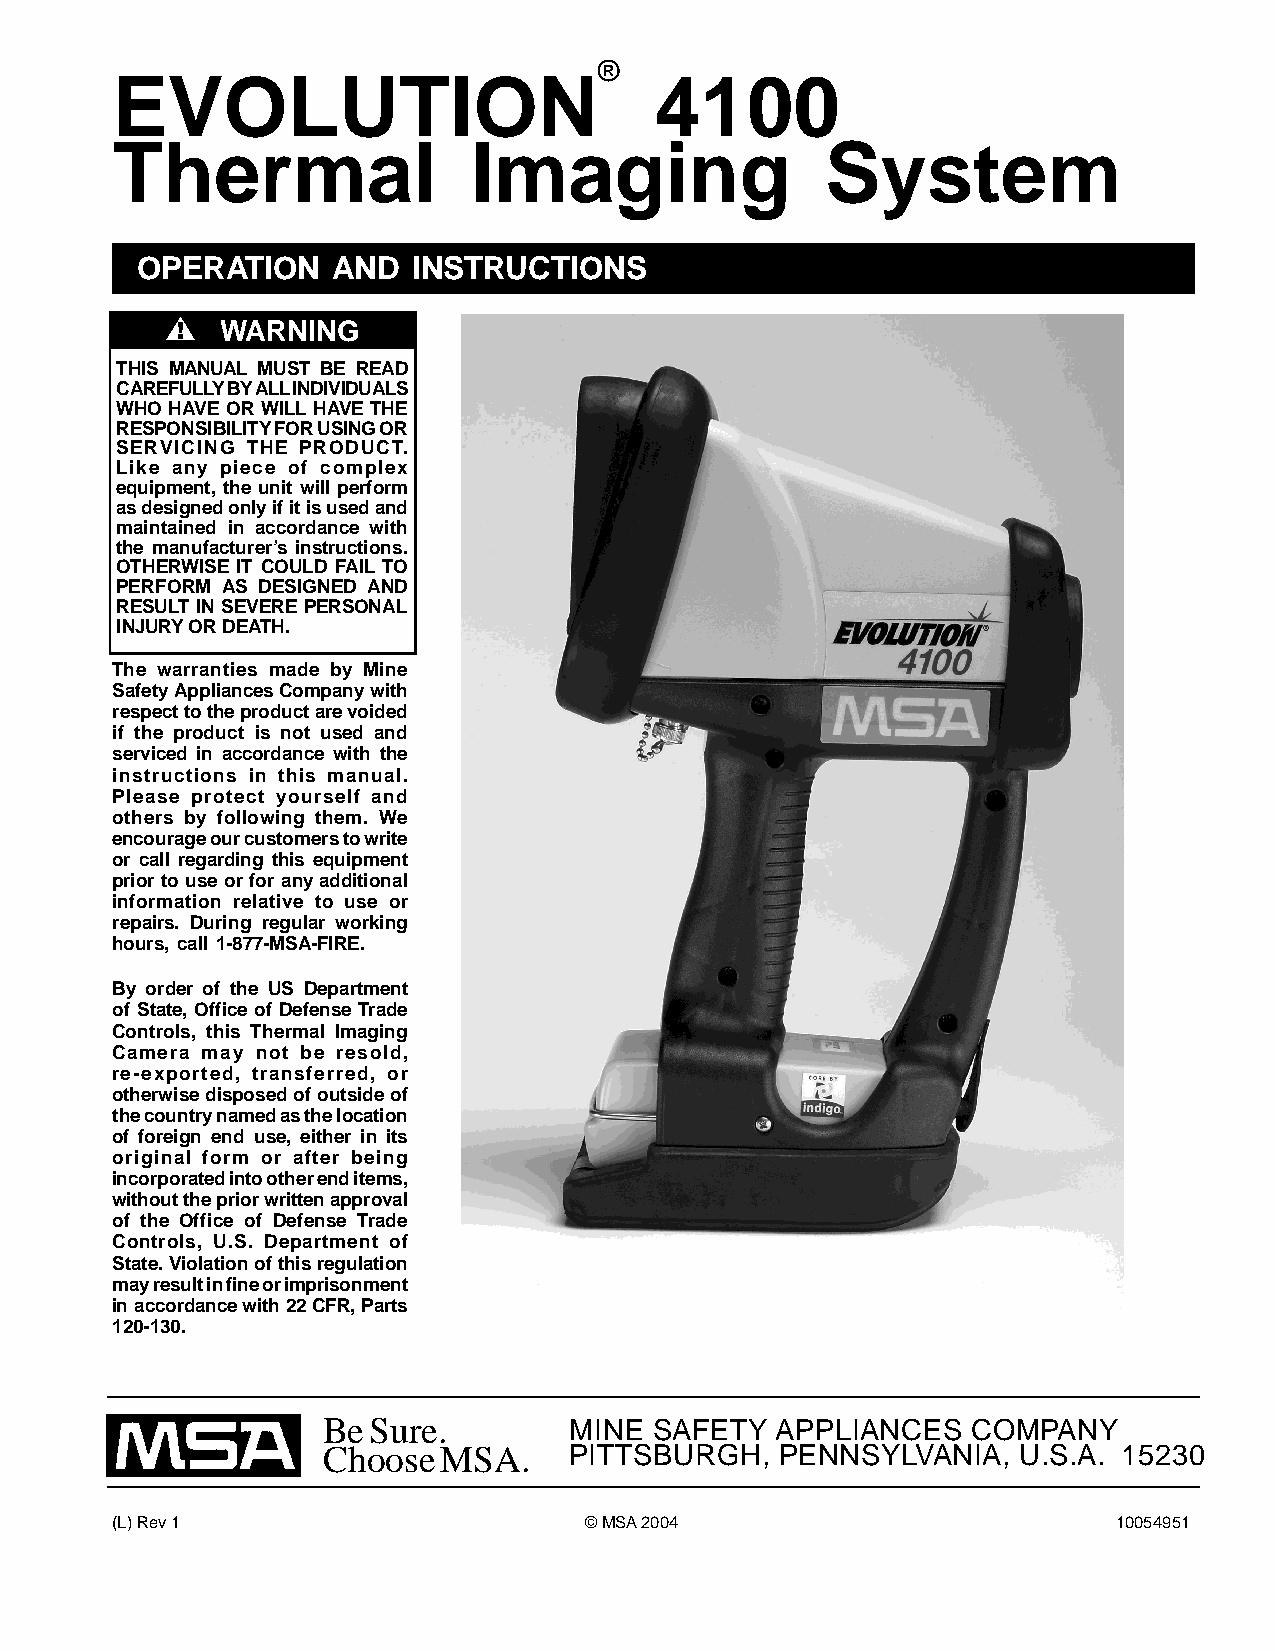
®
 EVOLUTION                           4100
 Thermal                 Imaging                 System
 OPERATION    AND  INSTRUCTIONS
 "   WARNING
 THIS MANUAL MUST BE READ
 CAREFULLY BY ALL INDIVIDUALS
 WHO HAVE OR WILL HAVE THE
 RESPONSIBILITY FOR USING OR
 SERVICING THE PRODUCT.
 Like any piece of complex
 equipment, the unit will perform
 as designed only if it is used and
 maintained in accordance with
 the manufacturer’s instructions.
 OTHERWISE IT COULD FAIL TO
 PERFORM AS DESIGNED AND
 RESULT IN SEVERE PERSONAL
 INJURY OR DEATH.
 The warranties made by Mine
 Safety Appliances Company with
 respect to the product are voided
 if the product is not used and
 serviced in accordance with the
 instructions in this manual.
 Please protect yourself and
 others by following them. We
 encourage our customers to write
 or call regarding this equipment
 prior to use or for any additional
 information relative to use or
 repairs. During regular working
 hours, call 1-877-MSA-FIRE.
 By order of the US Department
 of State, Office of Defense Trade
 Controls, this Thermal Imaging
 Camera may not be resold,
 re-exported, transferred, or
 otherwise disposed of outside of
 the country named as the location
 of foreign end use, either in its
 original form or after being
 incorporated into other end items,
 without the prior written approval
 of the Office of Defense Trade
 Controls, U.S. Department of
 State. Violation of this regulation
 may result in fine or imprisonment
 in accordance with 22 CFR, Parts
 120-130.
 Be Sure.         MINE SAFETY  APPLIANCES   COMPANY
 Choose  MSA.     PITTSBURGH,   PENNSYLVANIA,  U.S.A. 15230
 (L) Rev 1                       © MSA 2004                         10054951